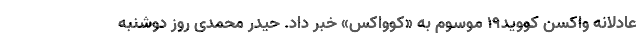
عادلانه واکسن کووید۱۹ موسوم به «کوواکس» خبر داد. حیدر محمدی روز دوشنبه